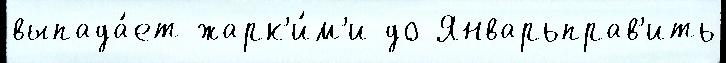
выпада́ет жарк'и́м'и до Январьправ'ить